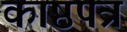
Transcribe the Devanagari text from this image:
काष्ठपत्र